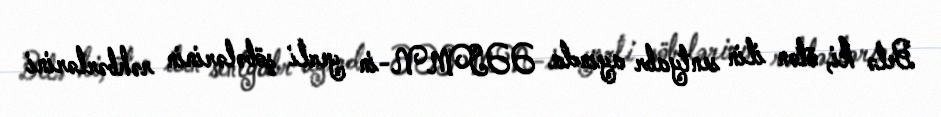
Belə ki, ötən ilin sentyabr ayında ƏƏSMN-in yerli şöbələrinin rəhbərlərini